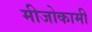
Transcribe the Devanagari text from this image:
मीजोकामी